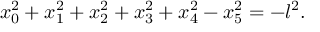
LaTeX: x _ { 0 } ^ { 2 } + x _ { 1 } ^ { 2 } + x _ { 2 } ^ { 2 } + x _ { 3 } ^ { 2 } + x _ { 4 } ^ { 2 } - x _ { 5 } ^ { 2 } = - l ^ { 2 } .